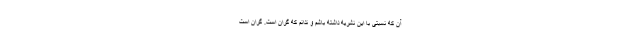
آن که نسبتی با این نشریه داشته باشم و ندانم که گران است. گران است